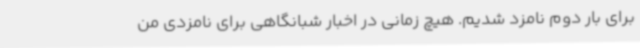
برای بار دوم نامزد شدیم. هیچ زمانی در اخبار شبانگاهی برای نامزدی من